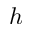
h